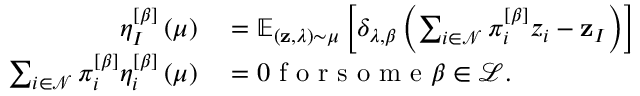
\begin{array} { r l } { \eta _ { I } ^ { \left[ \beta \right] } \left( \mu \right) } & { { } = \mathbb { E } _ { \left( \mathbf { z } , \lambda \right) \sim \mu } \left[ \delta _ { \lambda , \beta } \left( \sum _ { i \in \mathcal { N } } \pi _ { i } ^ { \left[ \beta \right] } z _ { i } - \mathbf { z } _ { I } \right) \right] } \\ { \sum _ { i \in \mathcal { N } } \pi _ { i } ^ { \left[ \beta \right] } \eta _ { i } ^ { \left[ \beta \right] } \left( \mu \right) } & { { } = 0 \textrm { f o r s o m e } \beta \in \mathcal { L } . } \end{array}